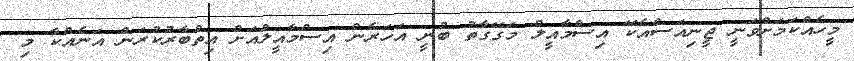
މީހެއްކަމަށްވަނީ ޖީނިއަސްއެކޭ އިސްމާއީލް މަގޭގާތު ބުނީ އަހަރެން އިސްމާއީލްއަށް އިތުބާރުކުރަން އަނެއްކާ މި